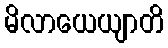
မိလာယေယျာတိ